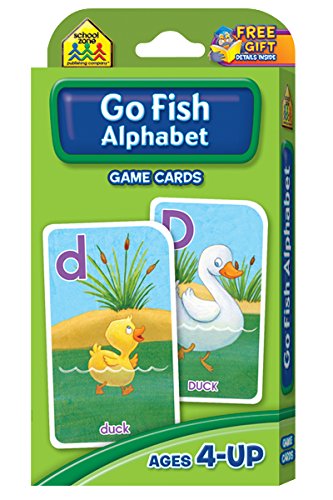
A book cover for Go Fish Game Cards; Children's Books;